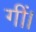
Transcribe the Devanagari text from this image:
गीं।